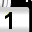
Digit: 1